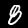
Label: 8